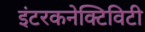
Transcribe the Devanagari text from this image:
इंटरकनेक्टिविटी